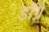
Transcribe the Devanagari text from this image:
डॉग्रे